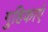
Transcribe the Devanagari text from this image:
गुहिकाएं